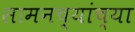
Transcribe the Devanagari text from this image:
सामनच्यांच्या